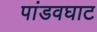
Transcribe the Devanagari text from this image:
पांडवघाट